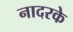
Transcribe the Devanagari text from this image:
नादरके